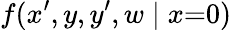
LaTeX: f(x^{\prime},y,y^{\prime},w\mid x{=}0)